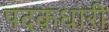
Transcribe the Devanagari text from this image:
पदकधारी